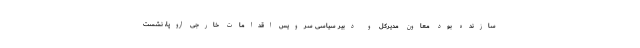
سازنده بود معاون مدیرکل و دبیر سیاسی سرویس اقدامات خارجی اروپا، نشست